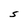
Character: s